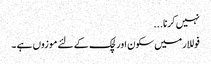
نہیں کرنا...
فوللار میں سکون اور لچک کے لئے موزوں ہے ۔